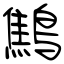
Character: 鷦